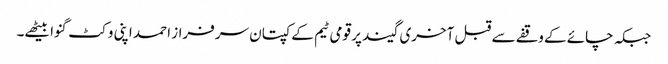
جبکہ چائے کے وقفے سے قبل آخری گیند پر قومی ٹیم کے کپتان سرفراز احمد اپنی وکٹ گنوا بیٹھے۔